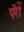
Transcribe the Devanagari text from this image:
पॅरों